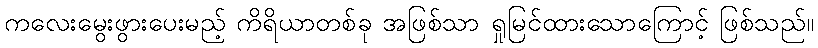
ကလေးမွေးဖွားပေးမည့် ကိရိယာတစ်ခု အဖြစ်သာ ရှုမြင်ထားသောကြောင့် ဖြစ်သည်။